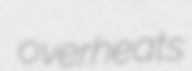
overheats